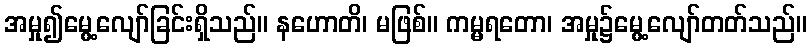
အမှု၍မွေ့လျော်ခြင်းရှိသည်။ နဟောတိ၊ မဖြစ်။ ကမ္မရတော၊ အမှု၌မွေ့လျော်တတ်သည်။